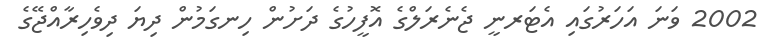
2002 ވަނަ އަހަރުގައި އެޓަރނީ ޖެނެރަލްގެ އޮފީހުގެ ދަށުން ހިނގަމުން ދިޔަ ދިވެހިރާއްޖޭގެ